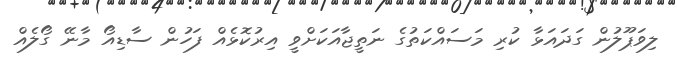
ލިވަޕޫލުން ގަދައަޅާ ކުރި މަސައްކަތުގެ ނަތީޖާއަކަށްވީ އިރުކޮޅެއް ފަހުން ސާޑިއޯ މާނޭ ގޯލެއް